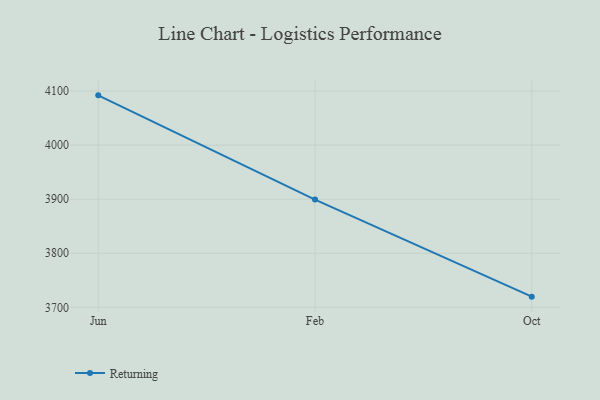
{"axis": {"x": "Month", "y": "Energy Usage (MWh)"}, "legend": ["Returning"], "data": [{"x": "Jun", "y": 4092.0, "type": "Returning"}, {"x": "Feb", "y": 3899.2, "type": "Returning"}, {"x": "Oct", "y": 3719.8, "type": "Returning"}]}